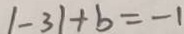
\vert - 3 \vert + b = - 1